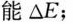
能△E；